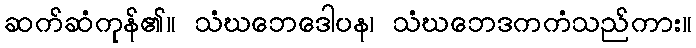
ဆက်ဆံကုန်၏။ သံဃဘေဒေါပန၊ သံဃဘေဒကကံသည်ကား။